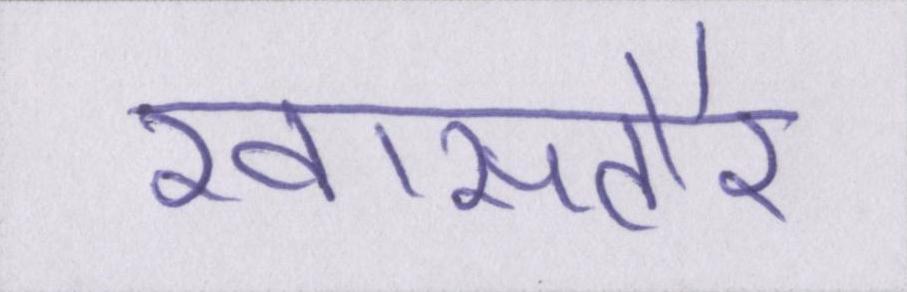
खासतौर